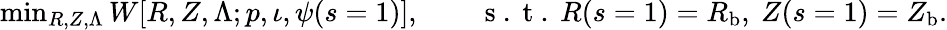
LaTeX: \begin{array}{r}{\operatorname*{min}_{R,Z,\Lambda}W[R,Z,\Lambda;p,\iota,\psi(s=1)],\qquad\mathrm{~s~.~t~.~}R(s=1)=R_{\mathrm{{b}}},\ Z(s=1)=Z_{\mathrm{{b}}}.}\end{array}